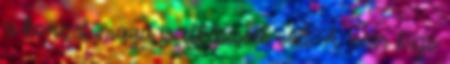
a koncert maga is elképesztő volt. A War Pigs